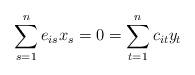
LaTeX: \begin{align*}\sum_{s=1}^n e_{is} x_s=0=\sum_{t=1}^n c_{it}y_t\end{align*}